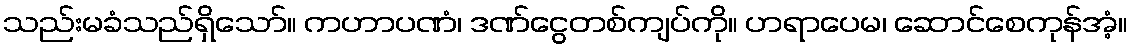
သည်းမခံသည်ရှိသော်။ ကဟာပဏံ၊ ဒဏ်ငွေတစ်ကျပ်ကို။ ဟရာပေမ၊ ဆောင်စေကုန်အံ့။